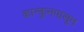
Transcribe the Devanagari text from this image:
कान्कुनपासून